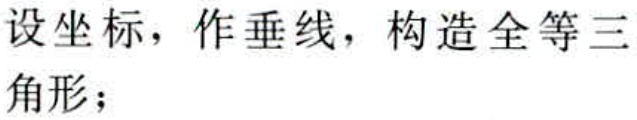
设坐标，作垂线，构造全等三角形；